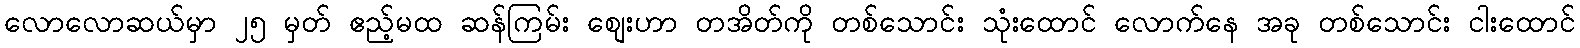
လောလောဆယ်မှာ ၂၅ မှတ် ဧည့်မထ ဆန်ကြမ်း စျေးဟာ တအိတ်ကို တစ်သောင်း သုံးထောင် လောက်နေ အခု တစ်သောင်း ငါးထောင်